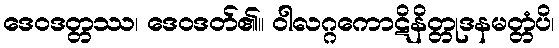
ဒေဝဒတ္တဿ၊ ဒေဝဒတ်၏။ ဝါလဂ္ဂကောဋိနိတ္တုဒနမတ္တံပိ၊